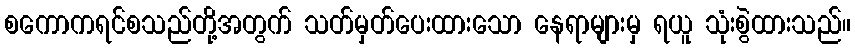
စကောကရင်စသည်တို့အတွက် သတ်မှတ်ပေးထားသော နေရာများမှ ရယူ သုံးစွဲထားသည်။